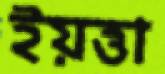
ইয়ত্তা